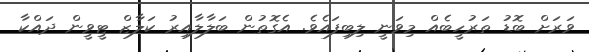
ވަރަށް ބޮޑު ތަރުހީބެއް މިވަނީ ލިބިފައެވެ. އެގޮތުން ބަލާލާއިރު ކަލާޒް ޓީވީން ދައްކާ